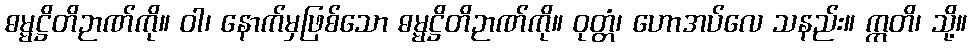
ဓမ္မဋ္ဌိတိဉာဏ်ကို။ ဝါ၊ နောက်မှဖြစ်သော ဓမ္မဋ္ဌိတိဉာဏ်ကို။ ဝုတ္တံ၊ ဟောအပ်လေ သနည်း။ ဣတိ၊ သို့။